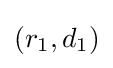
(r_{1},d_{1})